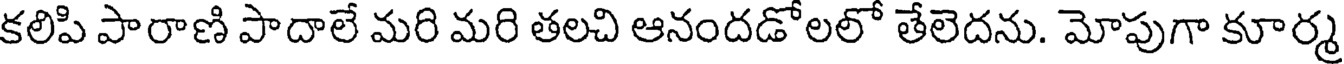
కలిపి పారాణి పాదాలే మరి మరి తలచి ఆనందడోలలో తేలెదను. మోపుగా కూర్మ